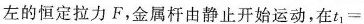
左的恒定拉力F，金属杆由静止开始运动，在$$t _ { 1 } =